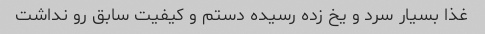
غذا بسیار سرد و یخ زده رسیده دستم و کیفیت سابق رو نداشت